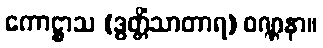
ကောဋ္ဌာသ (ဒွတ္တိံသာတာရ) ဝဏ္ဏနာ။